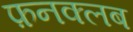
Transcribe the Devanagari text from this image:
फ़नक्लब